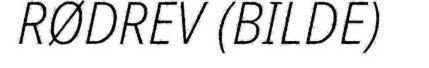
RØDREV (BILDE)